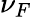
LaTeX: \nu_{F}